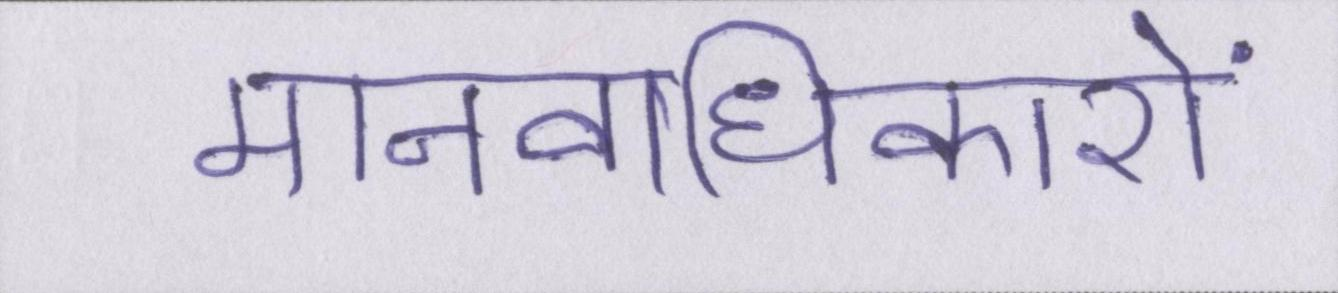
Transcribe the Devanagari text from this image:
मानवाधिकारों